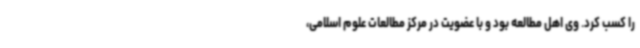
را کسب کرد. وی اهل مطالعه بود و با عضویت در مرکز مطالعات علوم اسلامی،